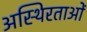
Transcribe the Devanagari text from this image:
अस्थिरताओं